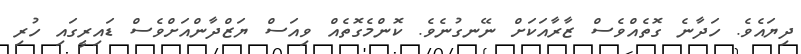
ދިޔައެވެ. ހަދާނެ ގޮތެއްވެސް ޒާރާއަކަށް ނޭނގުނެވެ. ކޮންމެގޮތެއް ވިއަސް ޔަޒްދާންއަށްވެސް ޑައިރީގައި ހުރި